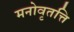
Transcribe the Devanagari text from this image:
मनोवृतत्ति